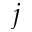
j